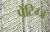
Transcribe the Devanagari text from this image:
पेंटिग्ज